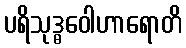
ပရိသုဒ္ဓဝေါဟာရောတိ